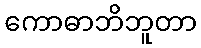
ကောဓာဘိဘူတာ